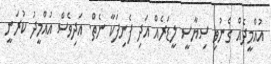
އުއްމީދެއް ގެނުވި ސިޔާސީ ލީޑަރެއް އަދި ފެނިފަކާ ނެތް. އަދިވެސް އުއްމީދު ކުރަނީ